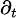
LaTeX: \scriptstyle\partial_{t}